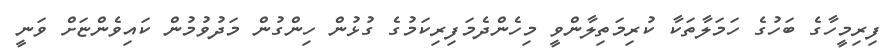
ފިރިމީހާގެ ބަހުގެ ހަމަލާތަކާ ކުރިމަތިލާންވީ މިހެންދެމަފިރިކަމުގެ ގުޅުން ހިންގުން މަދުވުމުން ކައިވެންޏަށް ވަނީ